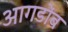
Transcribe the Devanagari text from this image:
आगडोंब